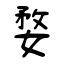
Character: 婺